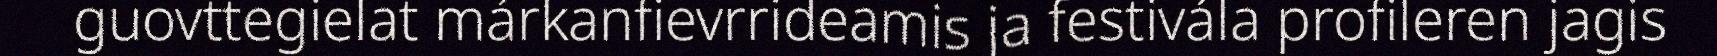
guovttegielat márkanfievrrideamis ja festivála profileren jagis